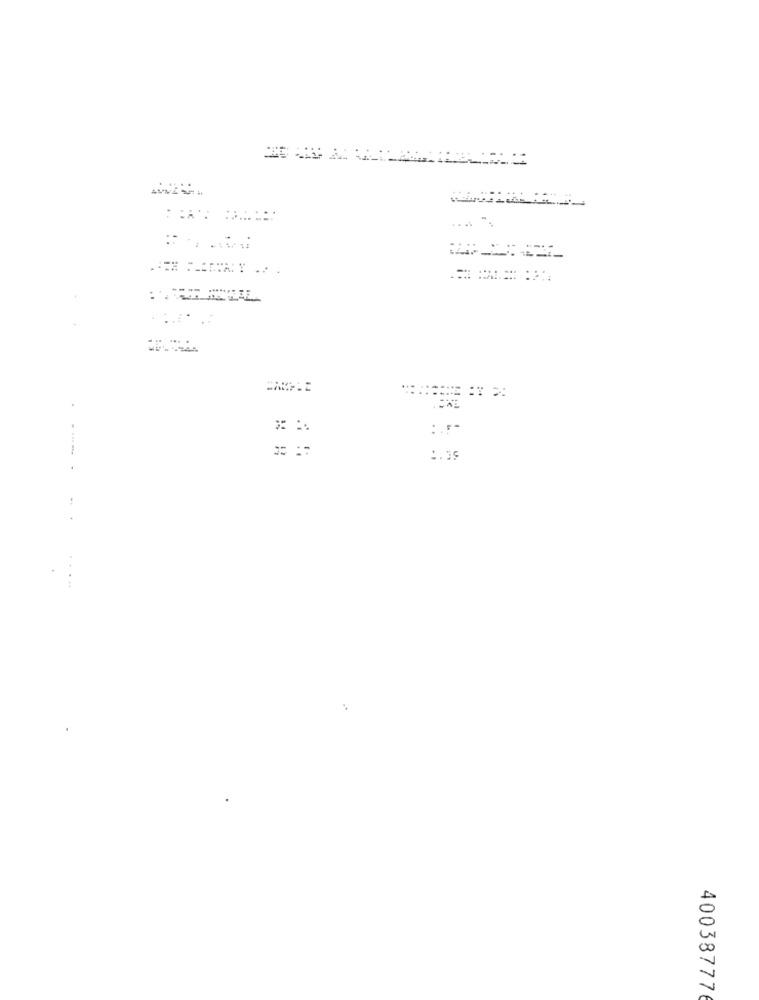
:.-
---
40038777